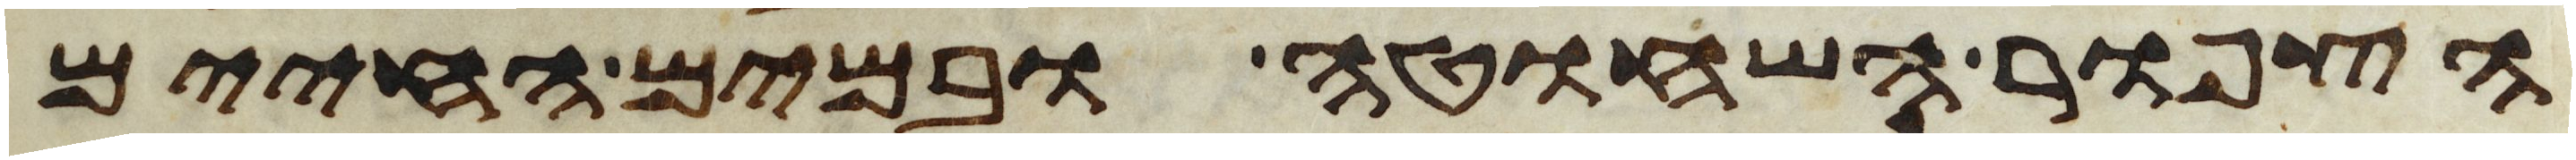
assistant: הצפור השחוטה ובמים החיים